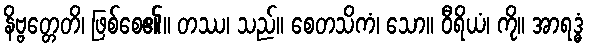
နိဗ္ဗတ္တေတိ၊ ဖြစ်စေ၏။ တဿ၊ သည်။ စေတသိကံ၊ သော။ ဝီရိယံ၊ ကို။ အာရဒ္ဓံ